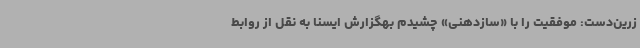
زرین‌دست: موفقیت را با «سازدهنی» چشیدم بهگزارش ایسنا به نقل از روابط